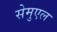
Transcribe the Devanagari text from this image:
सेमुएल